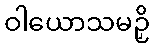
ဝါယောသမဉှိ